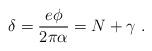
LaTeX: \begin{align*}\delta=\frac{e\phi}{2\pi \alpha}=N+\gamma \ .\end{align*}